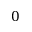
0